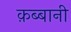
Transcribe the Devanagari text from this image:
क़ब्बानी